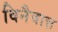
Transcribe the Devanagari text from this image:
विनैवात्त